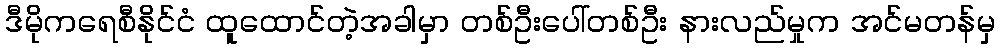
ဒီမိုကရေစီနိုင်ငံ ထူထောင်တဲ့အခါမှာ တစ်ဦးပေါ်တစ်ဦး နားလည်မှုက အင်မတန်မှ